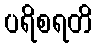
ပရိစရတိ